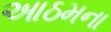
આઠમના